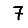
Digit: 7